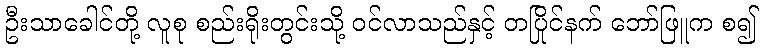
ဦးသာခေါင်တို့ လူစု စည်းရိုးတွင်းသို့ ဝင်လာသည်နှင့် တပြိုင်နက် ဘော်ဖြူက စ၍